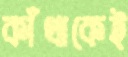
কাঁথাকেই